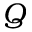
Q